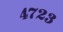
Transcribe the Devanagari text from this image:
४७२३